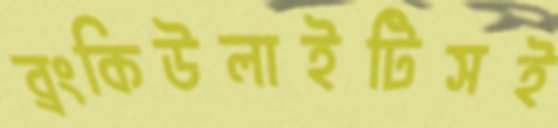
ব্রংকিউলাইটিসই